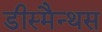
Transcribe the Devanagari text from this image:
डीस्मैन्थस